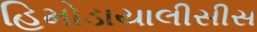
હિમોડાયાલીસીસ